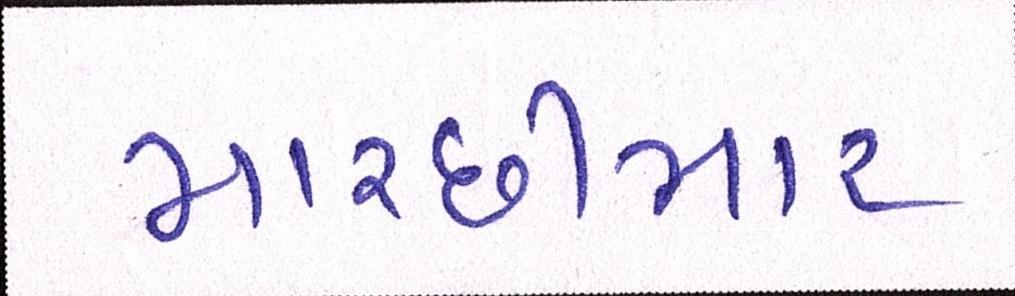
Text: માચ્છીમાર